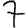
Digit: 7